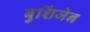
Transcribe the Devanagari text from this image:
बुशिंजेन